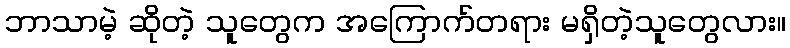
ဘာသာမဲ့ ဆိုတဲ့ သူတွေက အကြောက်တရား မရှိတဲ့သူတွေလား။